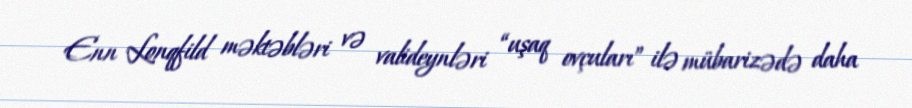
Enn Lonqfild məktəbləri və valideynləri “uşaq ovçuları” ilə mübarizədə daha